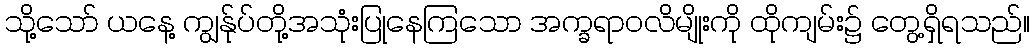
သို့သော် ယနေ့ ကျွန်ုပ်တို့အသုံးပြုနေကြသော အက္ခရာဝလိမျိုးကို ထိုကျမ်း၌ တွေ့ရှိရသည်။